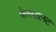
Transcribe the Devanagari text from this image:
फेरपालट